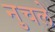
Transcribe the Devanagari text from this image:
नुचले